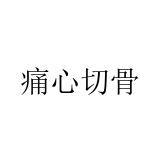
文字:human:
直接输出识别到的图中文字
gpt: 痛心切骨